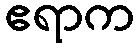
ဧရာက